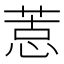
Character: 𢝨